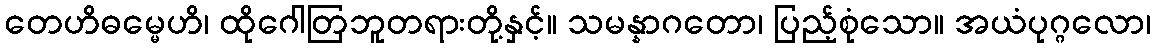
တေဟိဓမ္မေဟိ၊ ထိုဂေါတြဘူတရားတို့နှင့်။ သမန္နာဂတော၊ ပြည့်စုံသော။ အယံပုဂ္ဂလော၊